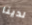
لدينا